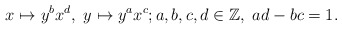
\begin{align*}x \mapsto y^bx^d,\ y \mapsto y^ax^c; a,b,c,d \in \mathbb{Z}, \ ad - bc = 1.\end{align*}